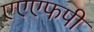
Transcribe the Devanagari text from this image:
एएएफपी